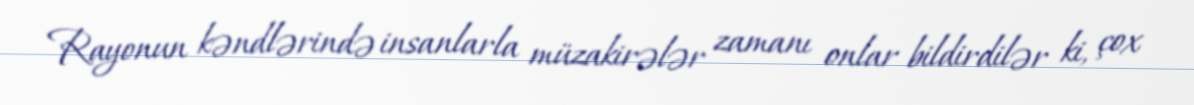
Rayonun kəndlərində insanlarla müzakirələr zamanı onlar bildirdilər ki, çox